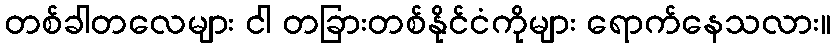
တစ်ခါတလေများ ငါ တခြားတစ်နိုင်ငံကိုများ ရောက်နေသလား။